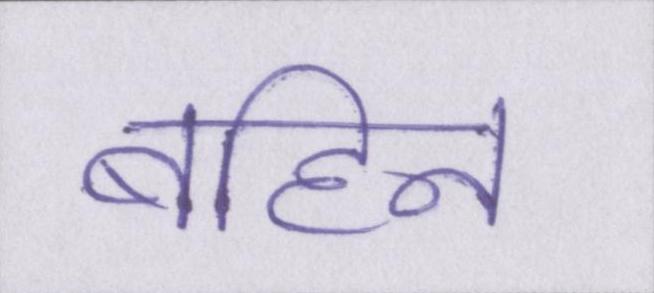
बहिन